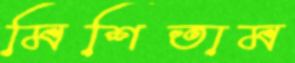
মিশিতাম